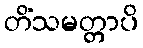
တိံသမတ္တာပိ